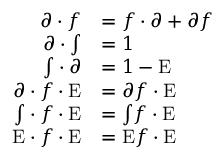
\begin{array} { r l } { \ensuremath { \partial } \cdot { f } } & { = f \cdot \ensuremath { \partial } + \ensuremath { \partial } { f } } \\ { \ensuremath { \partial } \cdot \ensuremath { { \textstyle \int } } } & { = 1 } \\ { \ensuremath { { \textstyle \int } } \cdot \ensuremath { \partial } } & { = 1 - \ensuremath { { \mathrm { E } } } } \\ { \ensuremath { \partial } \cdot { f } \cdot \ensuremath { { \mathrm { E } } } } & { = \ensuremath { \partial } { f } \cdot \ensuremath { { \mathrm { E } } } } \\ { \ensuremath { { \textstyle \int } } \cdot { f } \cdot \ensuremath { { \mathrm { E } } } } & { = \ensuremath { { \textstyle \int } } { f } \cdot \ensuremath { { \mathrm { E } } } } \\ { \ensuremath { { \mathrm { E } } } \cdot { f } \cdot \ensuremath { { \mathrm { E } } } } & { = \ensuremath { { \mathrm { E } } } { f } \cdot \ensuremath { { \mathrm { E } } } } \end{array}